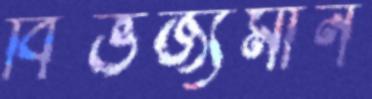
বিভজ্যমান